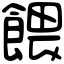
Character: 餵